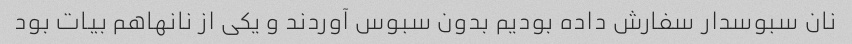
نان سبوسدار سفارش داده بودیم بدون سبوس آوردند و یکی از نانها‌هم بیات بود